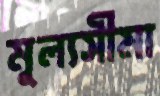
মূল্যসীমা